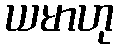
ယမာဟု